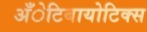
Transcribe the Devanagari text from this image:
अँेटिबायोटिक्स